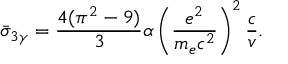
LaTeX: \bar { \sigma } _ { 3 \gamma } = { \frac { 4 ( \pi ^ { 2 } - 9 ) } { 3 } } \alpha \left( \frac { e ^ { 2 } } { m _ { e } c ^ { 2 } } \right) ^ { 2 } { \frac { c } { v } } .